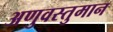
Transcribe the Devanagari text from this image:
अणुवस्तुमान